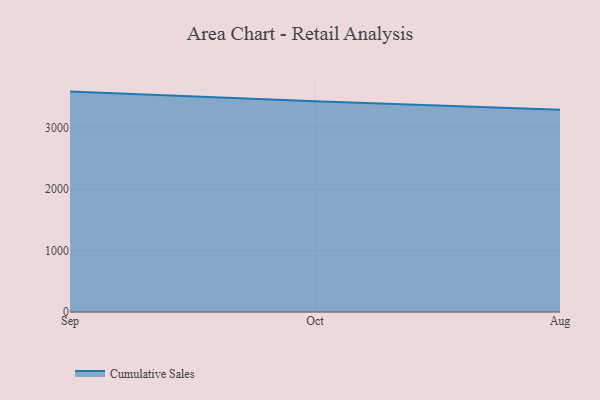
{"axis": {"x": "Month", "y": "Bounce Rate (%)"}, "legend": ["Cumulative Sales"], "data": [{"x": "Sep", "y": 3589.6, "type": "Cumulative Sales"}, {"x": "Oct", "y": 3432.2, "type": "Cumulative Sales"}, {"x": "Aug", "y": 3295.9, "type": "Cumulative Sales"}]}